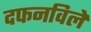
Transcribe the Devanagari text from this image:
दफनविले